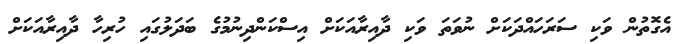
އެގޮތުން ވަކި ސަރަހައްދަކަށް ނުވަތަ ވަކި ދާއިރާއަކަށް އިސްކަންދިނުމުގެ ބަދަލުގައި ހުރިހާ ދާއިރާއަކަށް